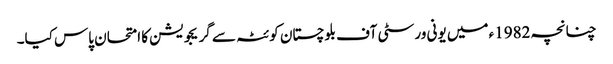
چنانچہ 1982ء میں یونی ورسٹی آف بلوچستان کوئٹہ سے گریجویشن کا امتحان پاس کیا۔